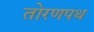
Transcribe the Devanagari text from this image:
तोरणपथ